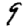
Digit: 9